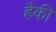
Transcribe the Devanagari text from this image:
हैकी